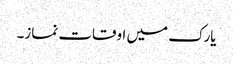
یارک میں اوقات نماز۔